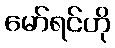
မော်ရင်ဟို